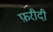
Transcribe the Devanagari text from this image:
फ़रीदी